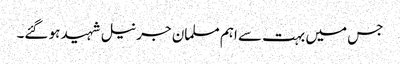
جس میں بہت سے اہم مسلمان جرنیل شہید ہو گئے۔